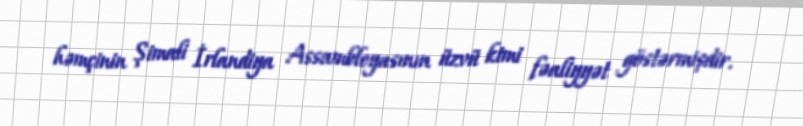
həmçinin Şimali İrlandiya Assambleyasının üzvü kimi fəaliyyət göstərmişdir.